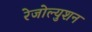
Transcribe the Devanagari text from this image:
रेजोल्युशन